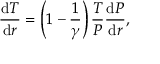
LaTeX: { \frac { { \mathrm { d } } T } { { \mathrm { d } } r } } = \left( 1 - { \frac { 1 } { \gamma } } \right) { \frac { T } { P } } { \frac { { \mathrm { d } } P } { { \mathrm { d } } r } } ,